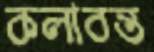
কলাবন্ত